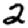
Digit: 2